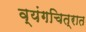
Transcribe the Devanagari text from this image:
व्यंगचित्रात